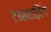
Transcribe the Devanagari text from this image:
टेक्सराज़िंग